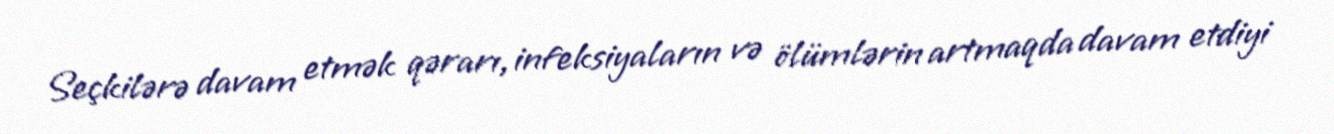
Seçkilərə davam etmək qərarı, infeksiyaların və ölümlərin artmaqda davam etdiyi